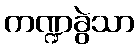
ကဏ္ဍခွဲသာ